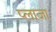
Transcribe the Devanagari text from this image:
प्‍लाजा